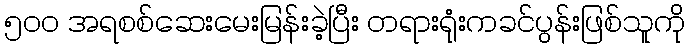
၅၀၀ အရစစ်ဆေးမေးမြန်းခဲ့ပြီး တရားရုံးကခင်ပွန်းဖြစ်သူကို